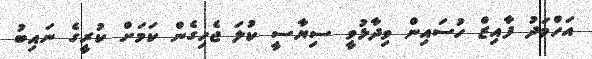
އަހްމަދު ފާއިޒް ހުސައިން ވިދާޅުވީ ސިޔާސީ ކުލަ ޖެހިގެން ކަމަށް ކުރީގެ ނައިބު